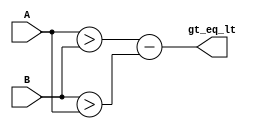
module comparator(
    input [15:0] A,
    input [15:0] B,
    output reg gt_eq_lt
);

assign gt_eq_lt = |(A>B) - |(B>A);

endmodule